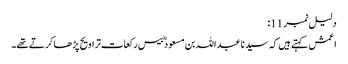
دلیل نمبر 11:
اعمش کہتے ہیں کہ سید نا عبد اللہ بن مسعود ؓ بیس رکعات تراویح پڑھا کرتے تھے۔